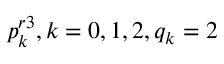
p _ { k } ^ { r 3 } , k = 0 , 1 , 2 , { { q } _ { k } } = 2